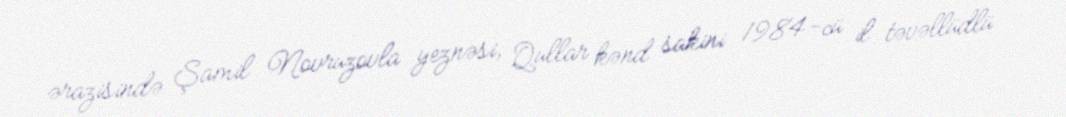
ərazisində Şamil Novruzovla yeznəsi, Qullar kənd sakini 1984-cü il təvəllüdlü